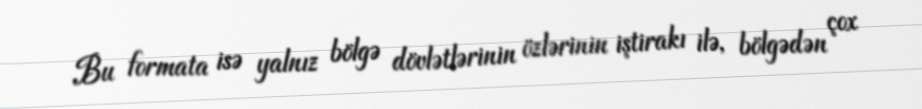
Bu formata isə yalnız bölgə dövlətlərinin özlərinin iştirakı ilə, bölgədən çox